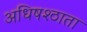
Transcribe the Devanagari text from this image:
अधिषश्ठाता